Mental hospitals Bombay report 1929-33 - 1929-1933
Year: 1929
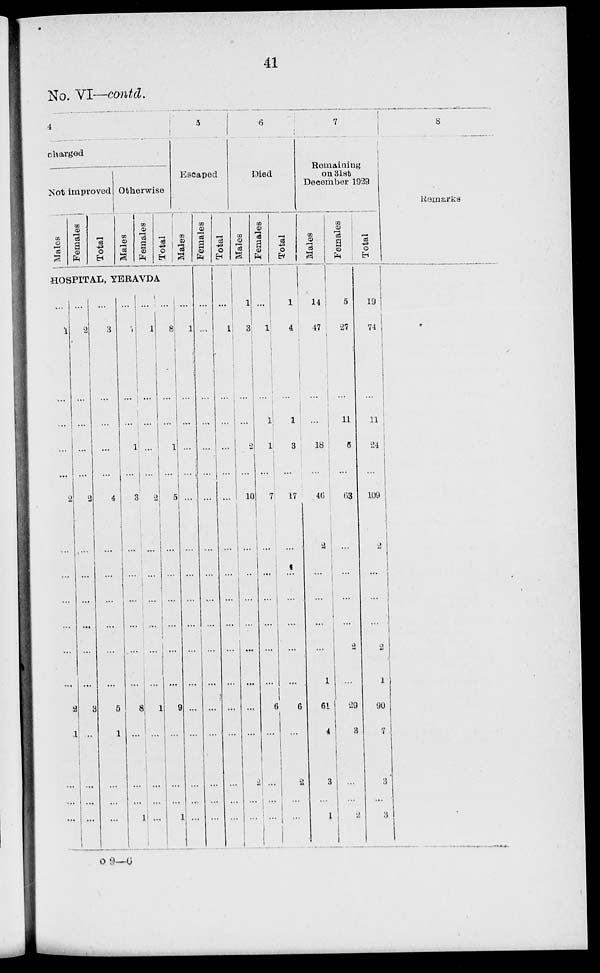
41
No. VI—contd.
4
charged
Not improved
Males
Females
Total
Otherwise
Males
Females
Total
5
Escaped
Males
HOSPITAL, YERAVDA
...
1
...
...
...
...
2
...
...
...
...
...
...
2
1
...
...
...
...
2
...
...
...
...
2
...
1
...
...
...
...
3
...
...
...
...
...
3
...
...
...
...
4
...
...
...
...
...
...
5
1
...
...
...
...
7
...
...
1
...
3
...
...
...
...
...
...
8
...
...
...
1
...
1
...
...
...
...
2
...
...
...
...
...
...
1
...
...
...
...
...
8
...
...
1
...
5
...
...
...
...
...
...
9
...
...
...
1
...
1
...
...
...
...
...
....
...
...
...
...
...
...
...
...
...
...
Females
...
...
...
...
...
...
...
...
...
...
...
...
...
...
...
...
...
...
Total
...
1
...
...
...
...
...
...
...
...
...
...
...
...
...
...
...
...
6
Died
Males
1
3
...
...
2
...
10
...
...
...
...
...
...
...
...
2
...
...
Females
...
1
...
1
1
...
7
...
...
...
...
...
...
6
...
...
...
...
Total
1
4
...
1
3
...
17
...
...
...
...
...
...
6
...
2
...
...
7
Remaining
on 31st
December 1929
Males
14
47
...
...
18
...
46
2
...
...
...
...
1
61
4
3
...
1
Females
5
27
...
11
6
...
63
...
...
...
...
2
...
29
3
...
...
2
Total
19
74
...
11
24
...
109
2
...
...
...
2
1
90
7
3
...
3
8
Remarks
O 9—6